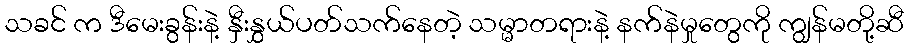
သခင် က ဒီမေးခွန်းနဲ့ နှီးနွှယ်ပတ်သက်နေတဲ့ သမ္မာတရားနဲ့ နက်နဲမှုတွေကို ကျွန်မတို့ဆီ